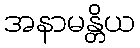
အနာမန္တိယ